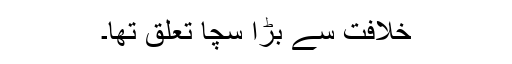
خلافت سے بڑا سچا تعلق تھا۔